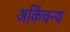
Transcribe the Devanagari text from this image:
अकिंचन्य